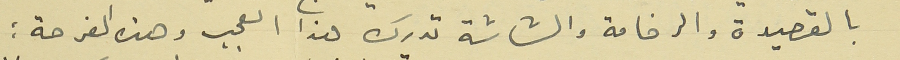
بالقصيدة والرخامة والشاشة تدرك هذا العجب وهذه الفرحة :